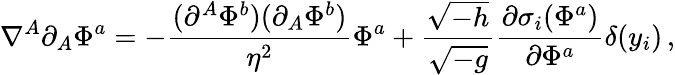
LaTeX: \nabla^{A}\partial_{A}\Phi^{a}=-{\frac{(\partial^{A}\Phi^{b})(\partial_{A}\Phi^{b})}{\eta^{2}}}\Phi^{a}+{\frac{\sqrt{-h}}{\sqrt{-g}}}{\frac{\partial\sigma_{i}(\Phi^{a})}{\partial\Phi^{a}}}\delta(y_{i})\, ,